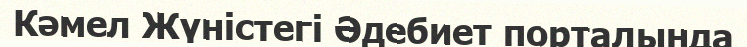
Кәмел Жүністегі Әдебиет порталында